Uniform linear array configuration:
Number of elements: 64
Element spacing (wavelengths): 0.75
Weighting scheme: hann
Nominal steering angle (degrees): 60
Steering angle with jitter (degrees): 59.938
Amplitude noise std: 0.05
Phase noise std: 0.05

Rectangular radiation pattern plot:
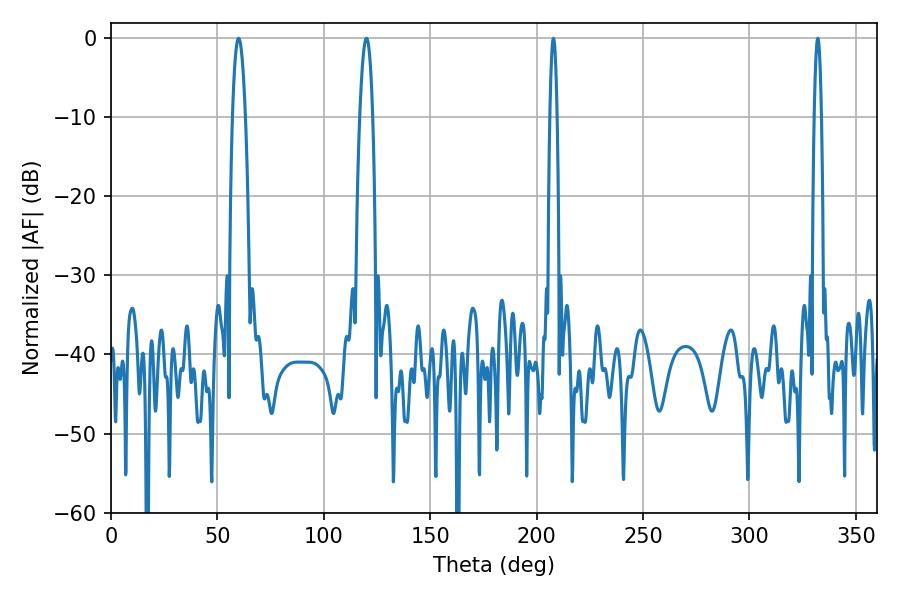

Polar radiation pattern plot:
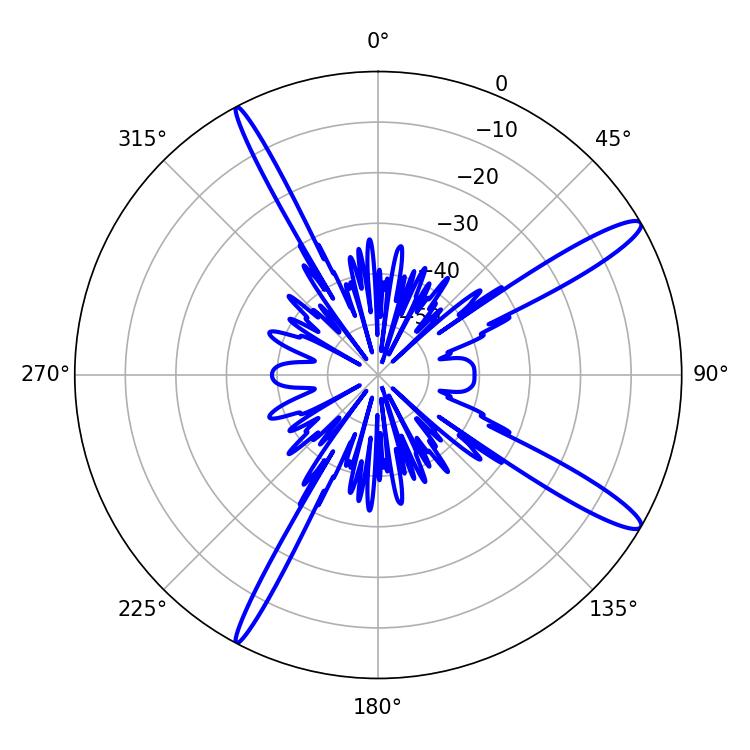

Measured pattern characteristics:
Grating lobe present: TRUE
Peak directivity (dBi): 14.161
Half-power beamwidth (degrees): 3.42
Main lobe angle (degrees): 59.94